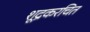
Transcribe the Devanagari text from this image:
शूद्रकरचित